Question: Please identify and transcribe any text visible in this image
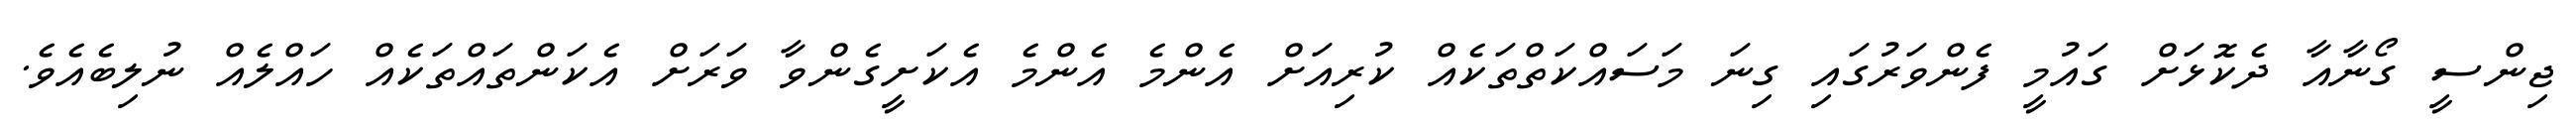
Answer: ޖިންސީ ގޯނާއާ ދެކޮޅަށް ގައުމީ ފެންވަރުގައި ގިނަ މަސައްކަތްތަކެއް ކުރިއަށް އެންމެ އެންމެ އެކަށީގެންވާ ވަރަށް އެކަންތައްތަކެއް ހައްލެއް ނުލިބެއެވެ.